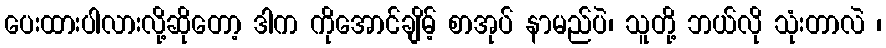
ပေးထားပါလားလို့ဆိုတော့ ဒါက ကိုအောင်ချိမ့် စာအုပ် နာမည်ပဲ၊ သူတို့ ဘယ်လို သုံးတာလဲ ၊